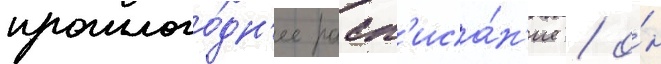
прошлого́дн'ее расп'иса́н'ие / о́н